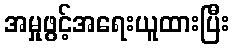
အမှုဖွင့်အရေးယူထားပြီး